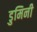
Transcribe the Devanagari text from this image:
डुमिनी